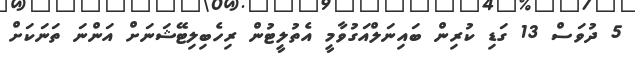
5 ދުވަސް 13 ގަޑި ކުރިން ބައިނަލްއަގުވާމީ އެތުލީޓުން ރިހެބިލިޓޭޝަނަށް އަންނަ ތަނަކަށް